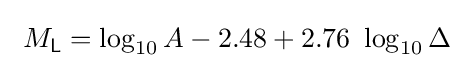
\ M_{\mathsf {L}}=\log _{10}A-2.48+2.76\ \log _{10}\Delta \